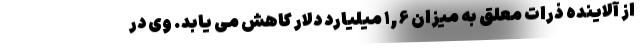
از آلاینده ذرات معلق به میزان ۱,۶ میلیارد دلار کاهش می یابد. وی در